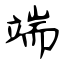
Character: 端